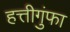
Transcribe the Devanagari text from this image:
हत्तीगुंफा